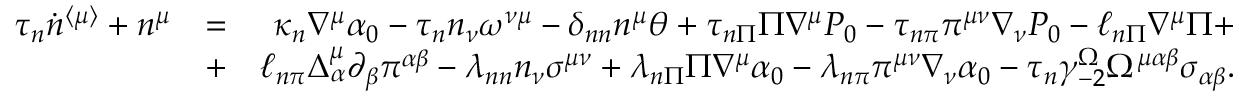
\begin{array} { r l r } { \tau _ { n } \dot { n } ^ { \langle \mu \rangle } + n ^ { \mu } } & { = } & { \kappa _ { n } \nabla ^ { \mu } \alpha _ { 0 } - \tau _ { n } n _ { \nu } \omega ^ { \nu \mu } - \delta _ { n n } n ^ { \mu } \theta + \tau _ { n \Pi } \Pi \nabla ^ { \mu } P _ { 0 } - \tau _ { n \pi } \pi ^ { \mu \nu } \nabla _ { \nu } P _ { 0 } - \ell _ { n \Pi } \nabla ^ { \mu } \Pi + } \\ & { + } & { \ell _ { n \pi } \Delta _ { \alpha } ^ { \mu } \partial _ { \beta } \pi ^ { \alpha \beta } - \lambda _ { n n } n _ { \nu } \sigma ^ { \mu \nu } + \lambda _ { n \Pi } \Pi \nabla ^ { \mu } \alpha _ { 0 } - \lambda _ { n \pi } \pi ^ { \mu \nu } \nabla _ { \nu } \alpha _ { 0 } - \tau _ { n } \gamma _ { - 2 } ^ { \Omega } \Omega ^ { \mu \alpha \beta } \sigma _ { \alpha \beta } . } \end{array}